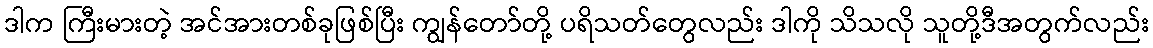
ဒါက ကြီးမားတဲ့ အင်အားတစ်ခုဖြစ်ပြီး ကျွန်တော်တို့ ပရိသတ်တွေလည်း ဒါကို သိသလို သူတို့ဒီအတွက်လည်း